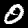
Digit: 0